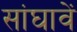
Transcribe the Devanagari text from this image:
सांघावें